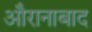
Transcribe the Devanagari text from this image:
औरानाबाद